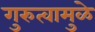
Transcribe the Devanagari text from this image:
गुरुत्वामुळे